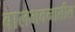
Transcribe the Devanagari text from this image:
बालभवनातील